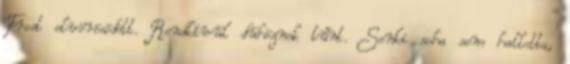
Frost elvörösödött. Rendkívül dühöznek tűnt. Senki soha sem hallotta,